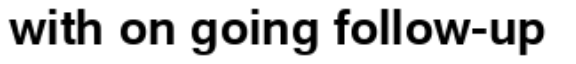
with on going follow-up